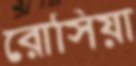
রোসিয়া